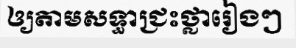
ឲ្យតាមសទ្ធាជ្រះថ្លារៀងៗ